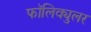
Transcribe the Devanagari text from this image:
फॉलिक्युलर